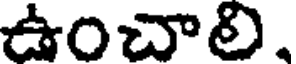
ఉంచాలి.